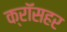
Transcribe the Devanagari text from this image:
क्रॉसहर